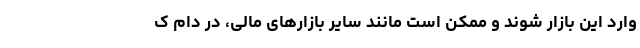
وارد این بازار شوند و ممکن است مانند سایر بازارهای مالی، در دام ک